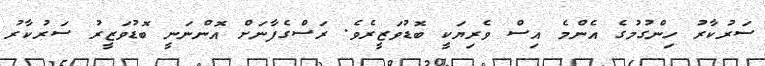
ސަރުކާރު ހިންގުމުގެ އެންމެ އިސް ވެރިޔަކީ ބޮޑުވަޒީރެވެ. ރަސްގެފާނަށް އޮންނަނީ ބޮޑުވަޒީރު ސަރުކާރު